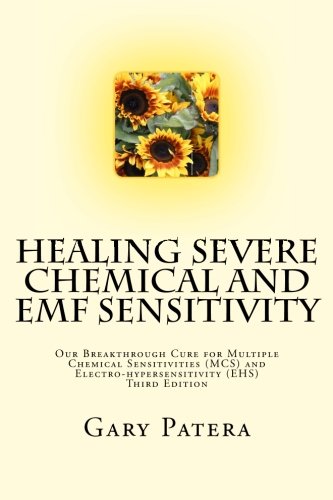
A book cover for Healing Severe Chemical and EMF Sensitivity: Our Breakthrough Cure for Multiple Chemical Sensitivities (MCS) and Electro-hypersensitivity (EHS); Gary Patera; Medical Books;